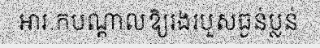
អារ.កបណ្តាលឱ្យរងរបួសធ្ងន់ប្លន់